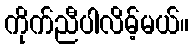
ကိုက်ညီပါလိမ့်မယ်။